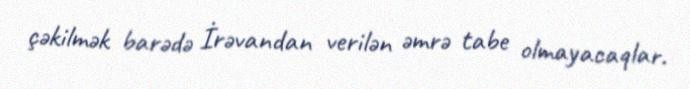
çəkilmək barədə İrəvandan verilən əmrə tabe olmayacaqlar.